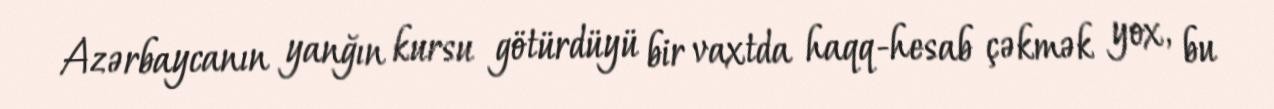
Azərbaycanın yanğın kursu götürdüyü bir vaxtda haqq-hesab çəkmək yox, bu